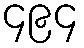
၄၉၄